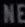
NEED